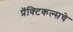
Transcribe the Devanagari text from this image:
प्रॅक्टिकल्सचे